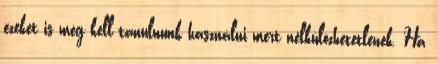
ezeket is meg kell tanulnunk használni mert nélkülözhetetlenek. Ha